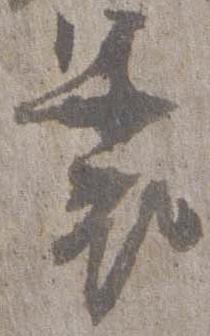
裹